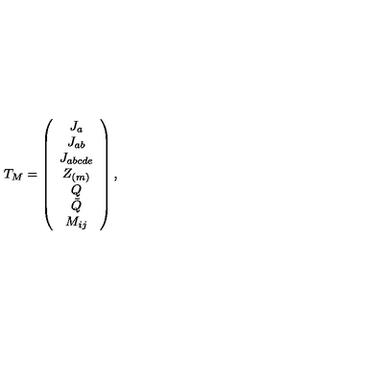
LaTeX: T _ { M } = \left( \begin{array} { c } { J _ { a } } \\ { J _ { a b } } \\ { J _ { a b c d e } } \\ { Z _ { ( m ) } } \\ { Q } \\ { \bar { Q } } \\ { M _ { i j } } \\ \end{array} \right) ,